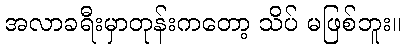
အလာခရီးမှာတုန်းကတော့ သိပ် မဖြစ်ဘူး။